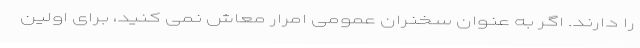
را دارند. اگر به عنوان سخنران عمومی امرار معاش نمی کنید، برای اولین